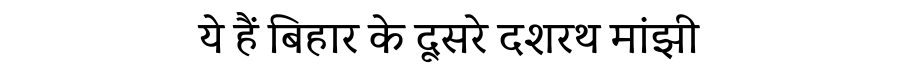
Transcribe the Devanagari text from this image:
ये हैं बिहार के दूसरे दशरथ मांझी